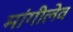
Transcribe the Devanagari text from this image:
मांगीलेव